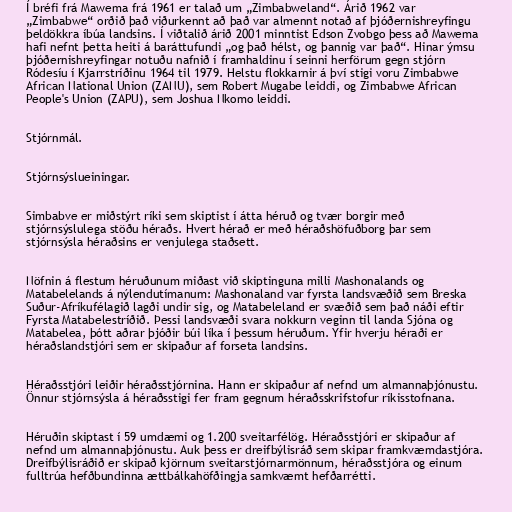
Í bréfi frá Mawema frá 1961 er talað um „Zimbabweland“. Árið 1962 var
„Zimbabwe“ orðið það viðurkennt að það var almennt notað af þjóðernishreyfingu
þeldökkra íbúa landsins. Í viðtalið árið 2001 minntist Edson Zvobgo þess að Mawema
hafi nefnt þetta heiti á baráttufundi „og það hélst, og þannig var það“. Hinar ýmsu
þjóðernishreyfingar notuðu nafnið í framhaldinu í seinni herförum gegn stjórn
Ródesíu í Kjarrstríðinu 1964 til 1979. Helstu flokkarnir á því stigi voru Zimbabwe
African National Union (ZANU), sem Robert Mugabe leiddi, og Zimbabwe African
People's Union (ZAPU), sem Joshua Nkomo leiddi.

Stjórnmál.

Stjórnsýslueiningar.

Simbabve er miðstýrt ríki sem skiptist í átta héruð og tvær borgir með
stjórnsýslulega stöðu héraðs. Hvert hérað er með héraðshöfuðborg þar sem
stjórnsýsla héraðsins er venjulega staðsett.

Nöfnin á flestum héruðunum miðast við skiptinguna milli Mashonalands og
Matabelelands á nýlendutímanum: Mashonaland var fyrsta landsvæðið sem Breska
Suður-Afríkufélagið lagði undir sig, og Matabeleland er svæðið sem það náði eftir
Fyrsta Matabelestríðið. Þessi landsvæði svara nokkurn veginn til landa Sjóna og
Matabelea, þótt aðrar þjóðir búi líka í þessum héruðum. Yfir hverju héraði er
héraðslandstjóri sem er skipaður af forseta landsins.

Héraðsstjóri leiðir héraðsstjórnina. Hann er skipaður af nefnd um almannaþjónustu.
Önnur stjórnsýsla á héraðsstigi fer fram gegnum héraðsskrifstofur ríkisstofnana.

Héruðin skiptast í 59 umdæmi og 1.200 sveitarfélög. Héraðsstjóri er skipaður af
nefnd um almannaþjónustu. Auk þess er dreifbýlisráð sem skipar framkvæmdastjóra.
Dreifbýlisráðið er skipað kjörnum sveitarstjórnarmönnum, héraðsstjóra og einum
fulltrúa hefðbundinna ættbálkahöfðingja samkvæmt hefðarrétti.